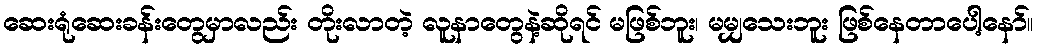
ဆေးရုံဆေးခန်းတွေမှာလည်း တိုးလာတဲ့ လူနာတွေနဲ့ဆိုရင် မဖြစ်ဘူး၊ မမျှသေးဘူး ဖြစ်နေတာပေါ့နော်။